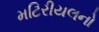
મટિરીયલનો